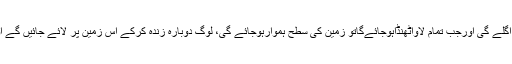
ٹوٹ ٹوٹ کر گریں گے زمین پر تھرتھراہٹ کے باعث گڑھے پڑجائیں گے، زمین اسی دوران اپنا لاوا اگلے گی اورجب تمام لاواٹھنڈاہوجائےگاتو زمین کی سطح ہموارہوجائے گی، لوگ دوبارہ زندہ کرکے اس زمین پر لائے جائیں گے اور وہ سخت پیاس میں مبتلاہوں گے تو یہ زمین دور سے چمکتی ریت کی طرح پانی کا دھوکہ دے گی۔